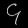
Digit: ၄